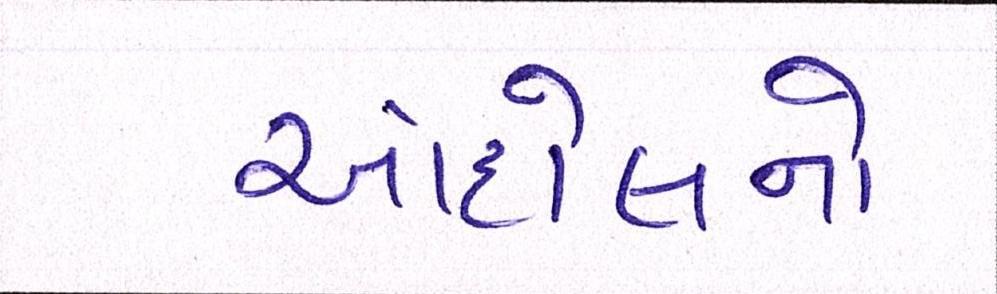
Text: આંદોલનો